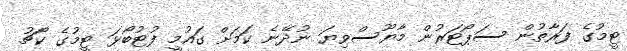
ޓީމުގެ ފަރާތުން ސަޕޯޓަރުން މާޔޫސްވިޔަ ނުދޭނެ ކަމަށް ގައުމީ ފުޓުބޯޅަ ޓީމުގެ ކޯޗު